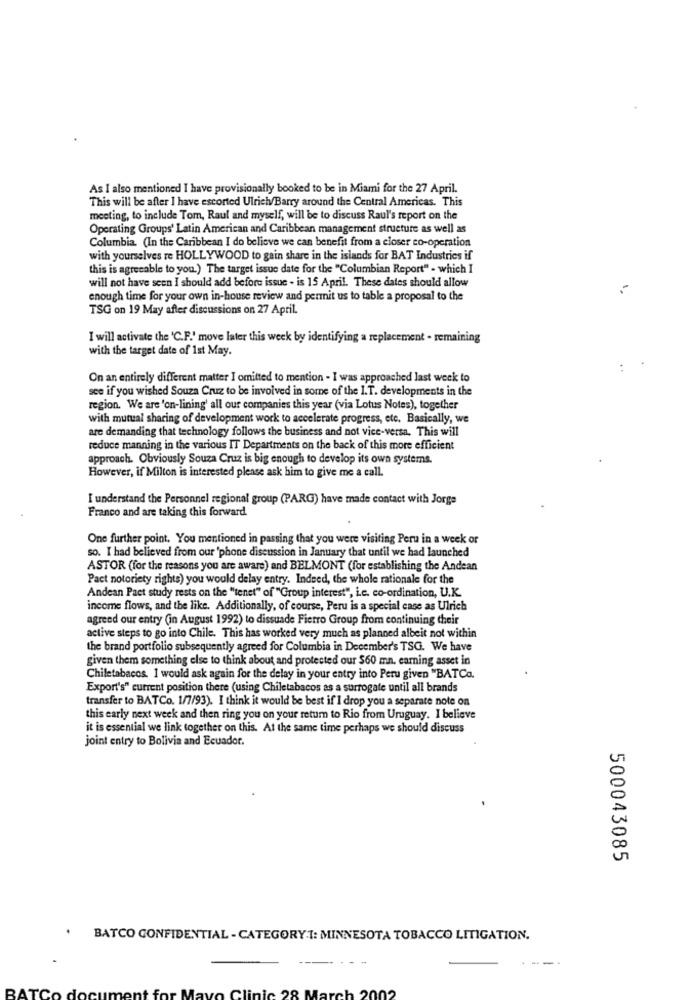
As I also mentioned I have provisionally booked to be in Miami for the 27 April.
This will be after I have escorted Ulrich/Barry around the Central Americas. This
meeting, to include Tom, Raul and myself, will be to discuss Raul's report on the
Operating Groups' Latin American and Caribbean management structure as well as
Columbia. (In the Caribbean I do believe we can benefit from a closer co-operation
with yourselves re HOLLYWOOD to gain share in the islands for BAT Industries if
this is agrecable to you.) The target issue date for the "Columbian Report" - which I
will not have seen I should add before issue - is 15 April. These dates should allow
enough time for your own in-house review and permit us to table a proposal to the
TSG on 19 May after discussions on 27 April.
I will activate the 'C.F.' move later this week by identifying a replacement . remaining
with the target date of 1st May.
:
On an entirely different matter I omitted to mention - I was approached last week to
see if you wished Souza Cruz to be involved in some of the 1.T. developments in the
region. We are 'on-lining' all our companies this year (via Lotus Notes), together
with mutual sharing of development work to accelerate progress, etc. Basically, we
are demanding that technology follows the business and not vice-versa. This will
reduce manning in the various IT Departments on the back of this more efficient
approach. Obviously Souza Cruz is big enough to develop its own systems.
However, if Milton is interested please ask him to give me a call.
I understand the Personnel regional group (PARG) have made contact with Jorge
Franco and are taking this forward
One further point, You mentioned in passing that you were visiting Peru in a week or
so. I had believed from our 'phone discussion in January that until we had launched
ASTOR (for the reasons you are aware) and BELMONT (for establishing the Andean
Pact notoriety rights) you would delay entry. Indeed, the whole rationale for the
Andean Paet study rests on the "tenet" of "Group interest", i.c. co-ordination, U.K.
income flows, and the like. Additionally, of course, Peru is a special case as Ulrich
agreed our entry (in August 1992) to dissuade Fierro Group from continuing their
active steps to go into Chile. This has worked very much as planned albeit not within
the brand portfolio subsequently agreed for Columbia in December's TSG. We have
given them something else to think about and protected our $60 mn. earning asset in
Chiletabacos. 1 would ask again for the delay in your entry into Peru given "BATCo.
Export's" current position there (using Chiletabacos as a surrogate until all brands
transfer to BATCo. 1/7/93). I think it would be best if I drop you a separate note on
this early next week and then ring you on your return to Rio from Uruguay. I believe
it is essential we link together on this. At the same time perhaps we should discuss
joint entry to Bolivia and Ecuador.
500043085
BATCO CONFIDENTIAL - CATEGORYT: MINNESOTA TOBACCO LITIGATION.
----
BATO
Clinic 28 March 2002